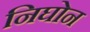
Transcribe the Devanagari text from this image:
निघोन